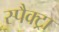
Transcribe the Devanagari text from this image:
स्पैक्ट्रा